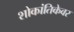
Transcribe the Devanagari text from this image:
शोकांतिकेवर